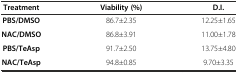
| Treatment | Viability (%) | D.I. |
 | --- | --- | --- |
 | PBS/DMSO | 86.7±2.35 | 12.25±1.65 |
 | NAC/DMSO | 86.8±3.91 | 11.00±1.78 |
 | PBS/TeAsp | 91.7±2.50 | 13.75±4.80 |
 | NAC/TeAsp | 94.8±0.85 | 9.70±3.35 |